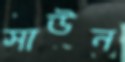
সাউন